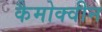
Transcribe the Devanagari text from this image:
कैमोक्वीन